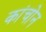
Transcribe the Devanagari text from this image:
कांचोन